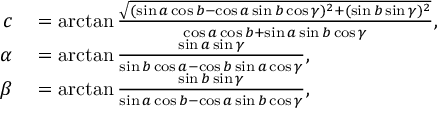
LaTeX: \begin{array} { r l } { c } & { { } = \arctan { \frac { \sqrt { ( \sin a \cos b - \cos a \sin b \cos \gamma ) ^ { 2 } + ( \sin b \sin \gamma ) ^ { 2 } } } { \cos a \cos b + \sin a \sin b \cos \gamma } } , } \\ { \alpha } & { { } = \arctan { \frac { \sin a \sin \gamma } { \sin b \cos a - \cos b \sin a \cos \gamma } } , } \\ { \beta } & { { } = \arctan { \frac { \sin b \sin \gamma } { \sin a \cos b - \cos a \sin b \cos \gamma } } , } \end{array}